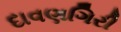
દાવણગિરી